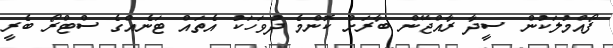
ފޯއްމުލަކުން ސީދާ ރާއްޖޭން ބާރަށް ކޮންމެ ދުވަހަކު އެތައް ޓަނެއްގެ ސްޓްރޯ ބެރީ